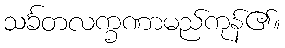
သင်္ခတလက္ခဏာမည်ကုန်၏။